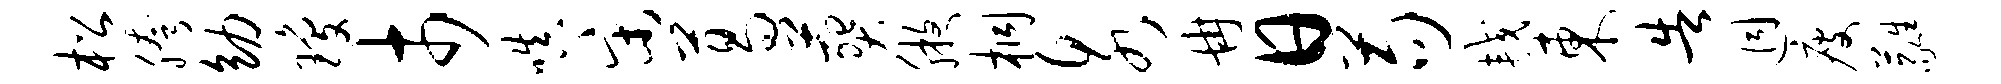
松胯幼琼市嗔宋葛葬腋桐泉冉日苟较东告迥瘦蕤